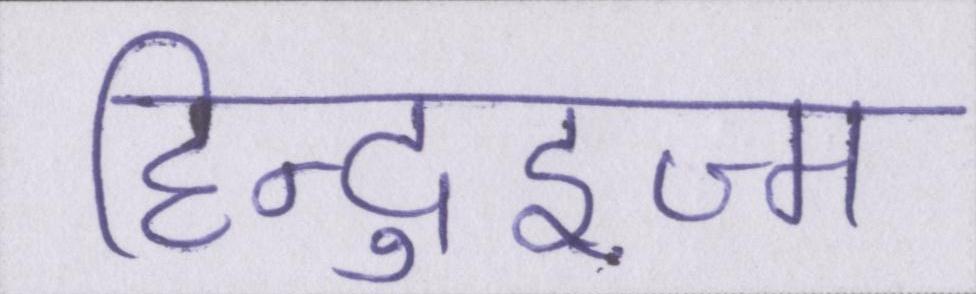
हिन्दुइज्म